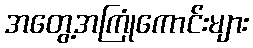
အတွေ့အကြုံကောင်းများ